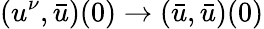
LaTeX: (u^{\nu},\bar{u})(0)\to(\bar{u},\bar{u})(0)